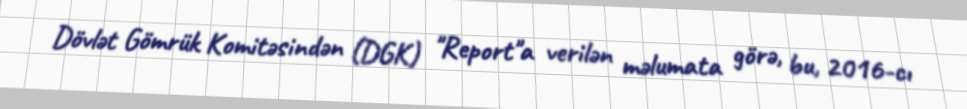
Dövlət Gömrük Komitəsindən (DGK) "Report"a verilən məlumata görə, bu, 2016-cı